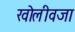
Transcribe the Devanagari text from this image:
खोलीवजा